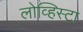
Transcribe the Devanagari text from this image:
लोव्हिस्टा